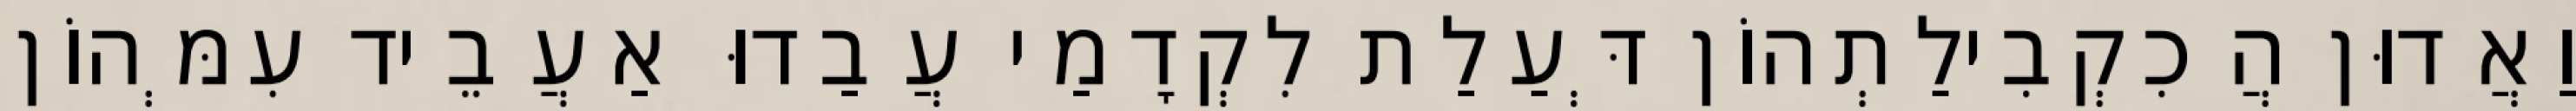
וַאֲדוּן הֲכִקְבִילַתְהוֹן דְּעַלַת לִקְדָמַי עֲבַדוּ אַעֲבֵיד עִמְּהוֹן